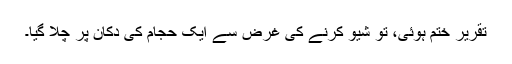
تقریر ختم ہوئی، تو شیو کرنے کی غرض سے ایک حجام کی دکان پر چلا گیا۔